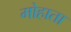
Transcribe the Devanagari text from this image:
मोहाता